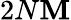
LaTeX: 2N\mathbf{M}